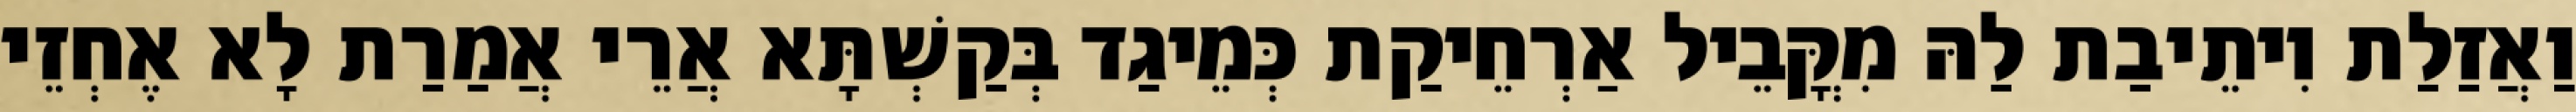
וַאֲזַלַת וִיתֵיבַת לַהּ מִקֳּבֵיל אַרְחֵיקַת כְּמֵיגַד בְּקַשְׁתָּא אֲרֵי אֲמַרַת לָא אֶחְזֵי